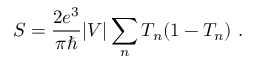
S = { \frac { 2 e ^ { 3 } } { \pi \hbar } } \vert V \vert \sum _ { n } T _ { n } ( 1 - T _ { n } ) \ .